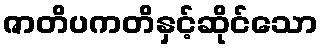
ဇာတိပကတိနှင့်ဆိုင်သော